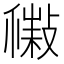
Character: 𢿹